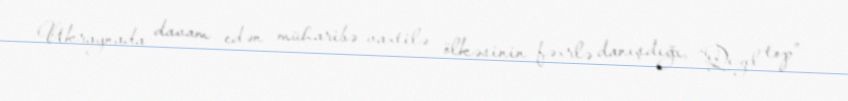
Ukraynada davam edən müharibə vaxtilə ölkəsinin fəxrlə danışdığı, “Qızıl top”